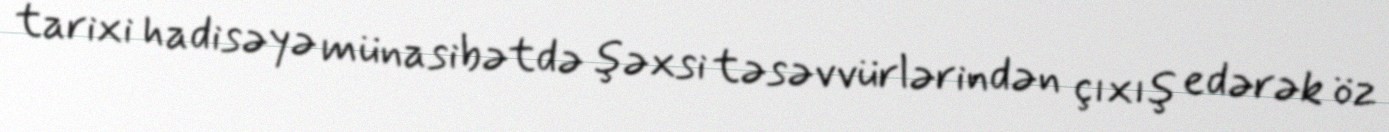
tarixi hadisəyə münasibətdə şəxsi təsəvvürlərindən çıxış edərək öz